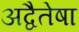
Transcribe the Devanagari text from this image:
अद्वैतेषा